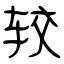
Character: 较